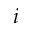
i